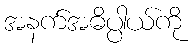
အနက်အဓိပ္ပါယ်ကို